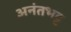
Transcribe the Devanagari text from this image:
अनंतभट्ट